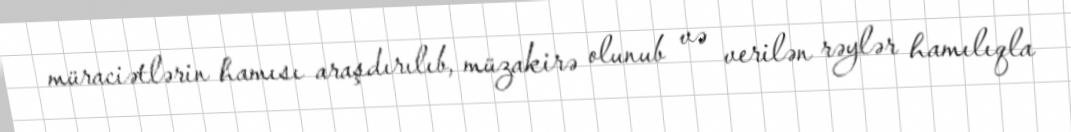
müraciətlərin hamısı araşdırılıb, müzakirə olunub və verilən rəylər hamılıqla